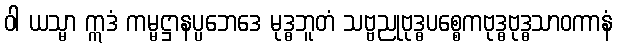
ဝါ ယသ္မာ ဣဒံ ကမ္မဋ္ဌာနပ္ပဘေဒေ မုဒ္ဓဘူတံ သဗ္ဗညုဗုဒ္ဓပစ္စေကဗုဒ္ဓဗုဒ္ဓသာဝကာနံ